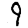
Digit: 9